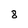
Character: 8